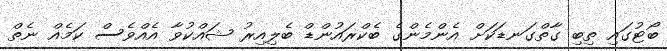
ބޯޓުގައި ތިބި ގާތްގަނޑަކަށް އެންމެންގެ ބެކްރައުންޑް ބެލިއިރު ޝައްކުވާ އެއްވެސް ކަމެއް ނެތް